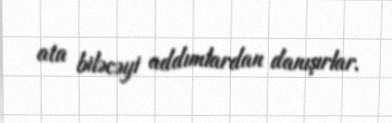
ata biləcəyi addımlardan danışırlar.